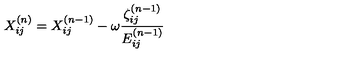
X _ { i j } ^ { ( n ) } = X _ { i j } ^ { ( n - 1 ) } - \omega \frac { \zeta _ { i j } ^ { ( n - 1 ) } } { E _ { i j } ^ { ( n - 1 ) } }